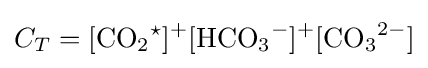
C_{T}={\ce {[CO2^{\star }]{}+[HCO3^{-}]{}+[CO3^{2-}]}}